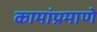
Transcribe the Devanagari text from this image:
कामांप्रमाणे